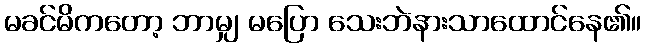
မခင်မိကတော့ ဘာမျှ မပြော သေးဘဲနားသာထောင်နေ၏။